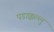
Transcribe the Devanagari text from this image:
पडाक्कल्लु